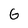
Character: G